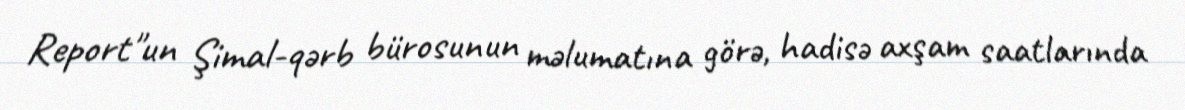
Report"un Şimal-qərb bürosunun məlumatına görə, hadisə axşam saatlarında